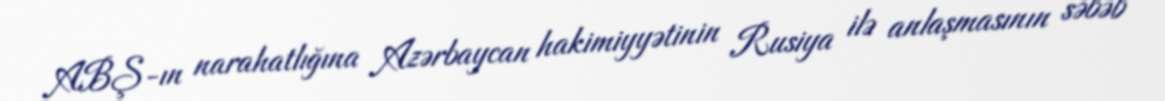
ABŞ-ın narahatlığına Azərbaycan hakimiyyətinin Rusiya ilə anlaşmasının səbəb